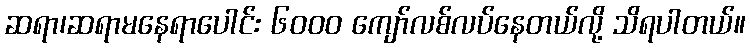
ဆရာ၊ဆရာမနေရာပေါင်း ၆၀၀၀ ကျော်လစ်လပ်နေတယ်လို့ သိရပါတယ်။